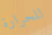
للحرارة